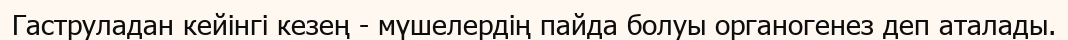
Гаструладан кейінгі кезең - мүшелердің пайда болуы органогенез деп аталады.